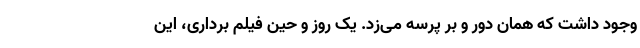
وجود داشت که همان دور و بر پرسه می‌زد. یک روز و حین فیلم برداری، این